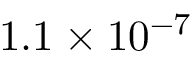
1 . 1 \times 1 0 ^ { - 7 }